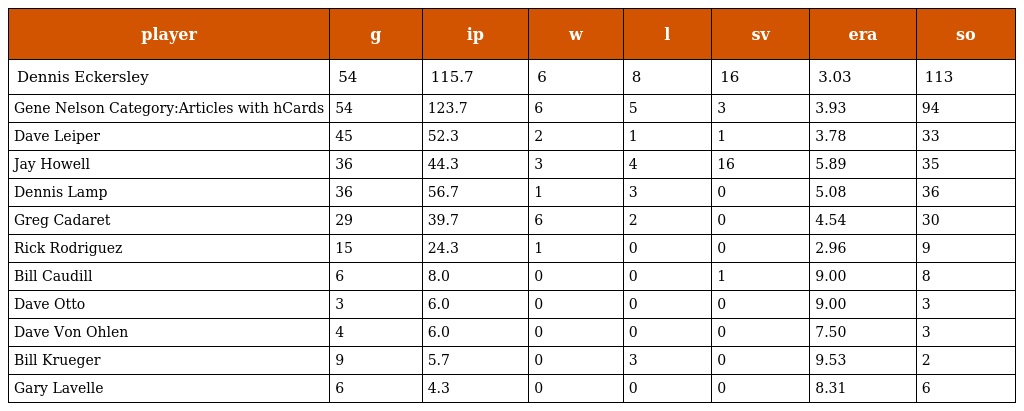
| player | g | ip | w | l | sv | era | so |
 | --- | --- | --- | --- | --- | --- | --- | --- |
 | Dennis Eckersley | 54 | 115.7 | 6 | 8 | 16 | 3.03 | 113 |
 | Gene Nelson Category:Articles with hCards | 54 | 123.7 | 6 | 5 | 3 | 3.93 | 94 |
 | Dave Leiper | 45 | 52.3 | 2 | 1 | 1 | 3.78 | 33 |
 | Jay Howell | 36 | 44.3 | 3 | 4 | 16 | 5.89 | 35 |
 | Dennis Lamp | 36 | 56.7 | 1 | 3 | 0 | 5.08 | 36 |
 | Greg Cadaret | 29 | 39.7 | 6 | 2 | 0 | 4.54 | 30 |
 | Rick Rodriguez | 15 | 24.3 | 1 | 0 | 0 | 2.96 | 9 |
 | Bill Caudill | 6 | 8.0 | 0 | 0 | 1 | 9.00 | 8 |
 | Dave Otto | 3 | 6.0 | 0 | 0 | 0 | 9.00 | 3 |
 | Dave Von Ohlen | 4 | 6.0 | 0 | 0 | 0 | 7.50 | 3 |
 | Bill Krueger | 9 | 5.7 | 0 | 3 | 0 | 9.53 | 2 |
 | Gary Lavelle | 6 | 4.3 | 0 | 0 | 0 | 8.31 | 6 |